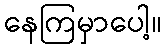
နေကြမှာပေါ့။